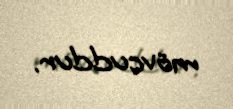
mövcuddur.